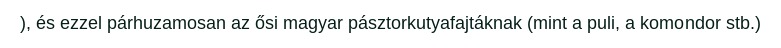
), és ezzel párhuzamosan az ősi magyar pásztorkutyafajtáknak (mint a puli, a komondor stb.)